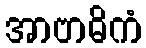
အာဗာဓိကံ